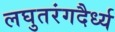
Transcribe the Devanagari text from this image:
लघुतरंगदैर्ध्य